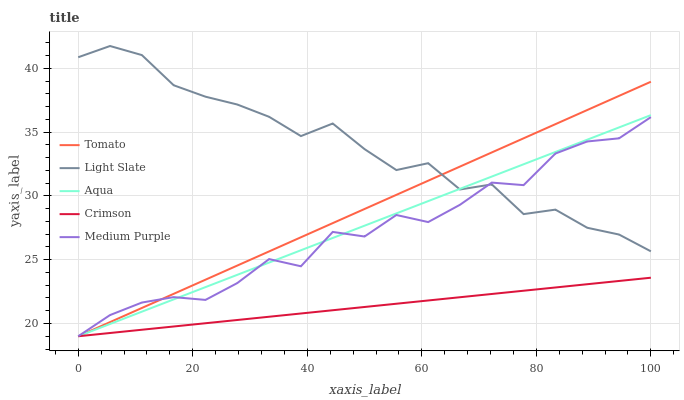
| xaxis_label | Tomato | Light Slate | Aqua | Crimson | Medium Purple |
 | --- | --- | --- | --- | --- | --- |
 | 0 | 19 | 40.9 | 19 | 19 | 19 |
 | 5.56 | 20.1 | 41.8 | 20 | 19.3 | 20.7 |
 | 11.1 | 21.2 | 41 | 20.9 | 19.5 | 21.6 |
 | 16.7 | 22.3 | 38.7 | 21.9 | 19.8 | 22.1 |
 | 22.2 | 23.4 | 37.8 | 22.9 | 20 | 21.8 |
 | 27.8 | 24.5 | 37.2 | 23.8 | 20.3 | 23.2 |
 | 33.3 | 25.7 | 36.2 | 24.8 | 20.5 | 25 |
 | 38.9 | 26.8 | 34.7 | 25.7 | 20.8 | 24.5 |
 | 44.4 | 27.9 | 35.7 | 26.7 | 21 | 27.2 |
 | 50 | 29 | 33.7 | 27.7 | 21.3 | 26.8 |
 | 55.6 | 30.1 | 32 | 28.6 | 21.5 | 28.5 |
 | 61.1 | 31.2 | 32.6 | 29.6 | 21.8 | 28 |
 | 66.7 | 32.3 | 30.5 | 30.6 | 22.1 | 29.3 |
 | 72.2 | 33.4 | 30.9 | 31.5 | 22.3 | 31 |
 | 77.8 | 34.5 | 28.6 | 32.5 | 22.6 | 30.8 |
 | 83.3 | 35.6 | 28.9 | 33.4 | 22.8 | 33.3 |
 | 88.9 | 36.7 | 27.5 | 34.4 | 23.1 | 34.3 |
 | 94.4 | 37.8 | 27 | 35.4 | 23.3 | 34.5 |
 | 100 | 39 | 25.7 | 36.3 | 23.6 | 36.2 |